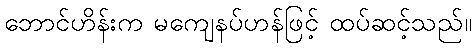
ဘောင်ဟိန်းက မကျေနပ်ဟန်ဖြင့် ထပ်ဆင့်သည်။